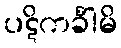
ပဋိကင်္ခါမိ